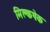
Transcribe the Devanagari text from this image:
मिल्कषेक